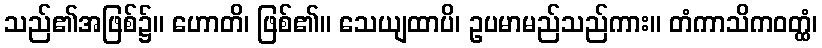
သည်၏အဖြစ်၌။ ဟောတိ၊ ဖြစ်၏။ သေယျထာပိ၊ ဥပမာမည်သည်ကား။ တံကာသိကဝတ္ထံ၊